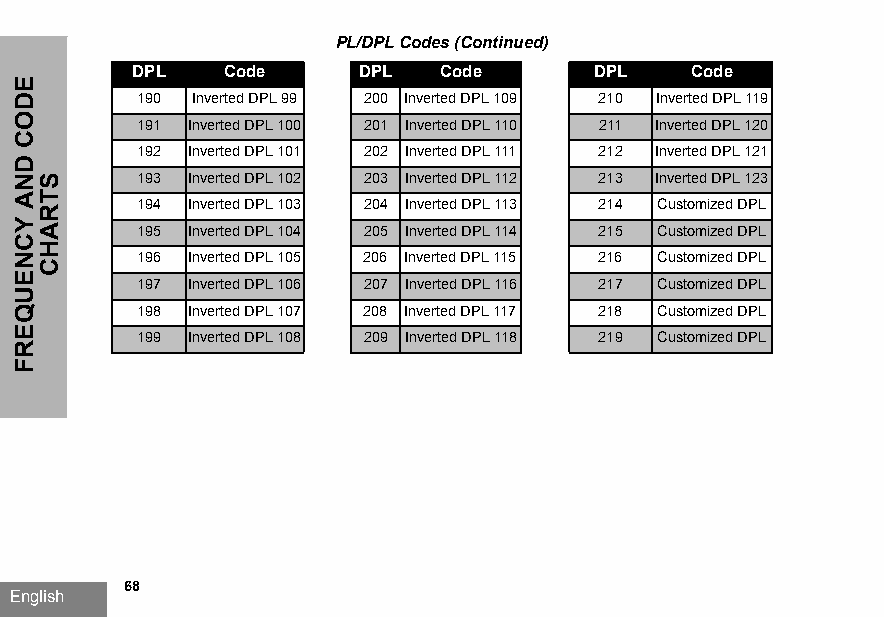
PL/DPL Codes (Continued)
 DPL   Code     DPL  Code       DPL   Code
 190 Inverted DPL 99 200 Inverted DPL 109 210 Inverted DPL 119
 191 Inverted DPL 100 201 Inverted DPL 110 211 Inverted DPL 120
 192 Inverted DPL 101 202 Inverted DPL 111 212 Inverted DPL 121
 193 Inverted DPL 102 203 Inverted DPL 112 213 Inverted DPL 123
 194 Inverted DPL 103 204 Inverted DPL 113 214 Customized DPL
 195 Inverted DPL 104 205 Inverted DPL 114 215 Customized DPL
 196 Inverted DPL 105 206 Inverted DPL 115 216 Customized DPL
 197 Inverted DPL 106 207 Inverted DPL 116 217 Customized DPL
 198 Inverted DPL 107 208 Inverted DPL 117 218 Customized DPL
 199 Inverted DPL 108 209 Inverted DPL 118 219 Customized DPL
 68
 English
 EDOC
 DNA
 YCNEUQERF
 STRAHC